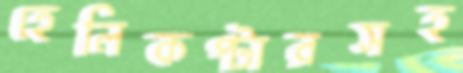
হেলিকপ্টারসহ